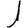
Digit: 1